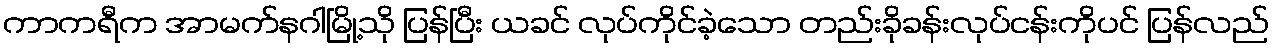
ကာကရီက အာမက်နဂါမြို့သို ပြန်ပြီး ယခင် လုပ်ကိုင်ခဲ့သော တည်းခိုခန်းလုပ်ငန်းကိုပင် ပြန်လည်